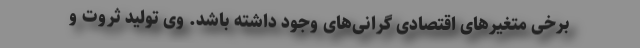
برخی متغیرهای اقتصادی گرانی‌های وجود داشته باشد. وی تولید ثروت و